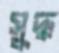
সুদ্ধ